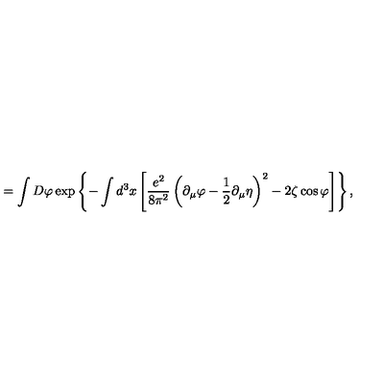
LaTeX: = \int D \varphi \exp \left\{ - \int d ^ { 3 } x \left[ \frac { e ^ { 2 } } { 8 \pi ^ { 2 } } \left( \partial _ { \mu } \varphi - \frac 1 2 \partial _ { \mu } \eta \right) ^ { 2 } - 2 \zeta \cos \varphi \right] \right\} ,